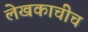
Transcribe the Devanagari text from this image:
लेखकाचीच